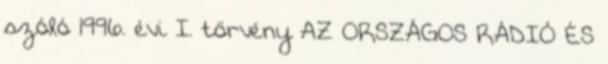
szóló 1996. évi I. törvény AZ ORSZÁGOS RÁDIÓ ÉS